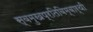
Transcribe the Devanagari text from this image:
स्वमुखप्रतिबिम्बार्थी